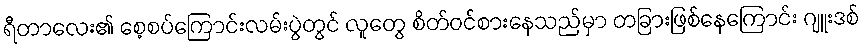
ရီတာလေး၏ စေ့စပ်ကြောင်းလမ်းပွဲတွင် လူတွေ စိတ်ဝင်စားနေသည်မှာ တခြားဖြစ်နေကြောင်း ဂျူးဒစ်